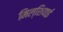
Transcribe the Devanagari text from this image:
मिल्शियाई